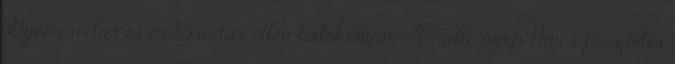
Gyomosodás és mohásodás ellen hatékonyan ellenálló gyep Nincs perzselés